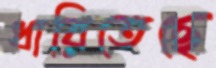
ধারিতেছে